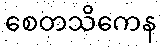
စေတသိကေန